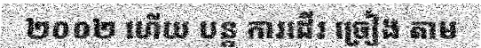
២០០២ ហើយ បន្ត ការដើរ ច្រៀង តាម